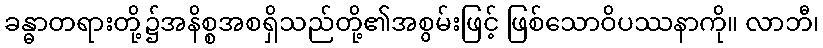
ခန္ဓာတရားတို့၌အနိစ္စအစရှိသည်တို့၏အစွမ်းဖြင့် ဖြစ်သောဝိပဿနာကို။ လာဘီ၊